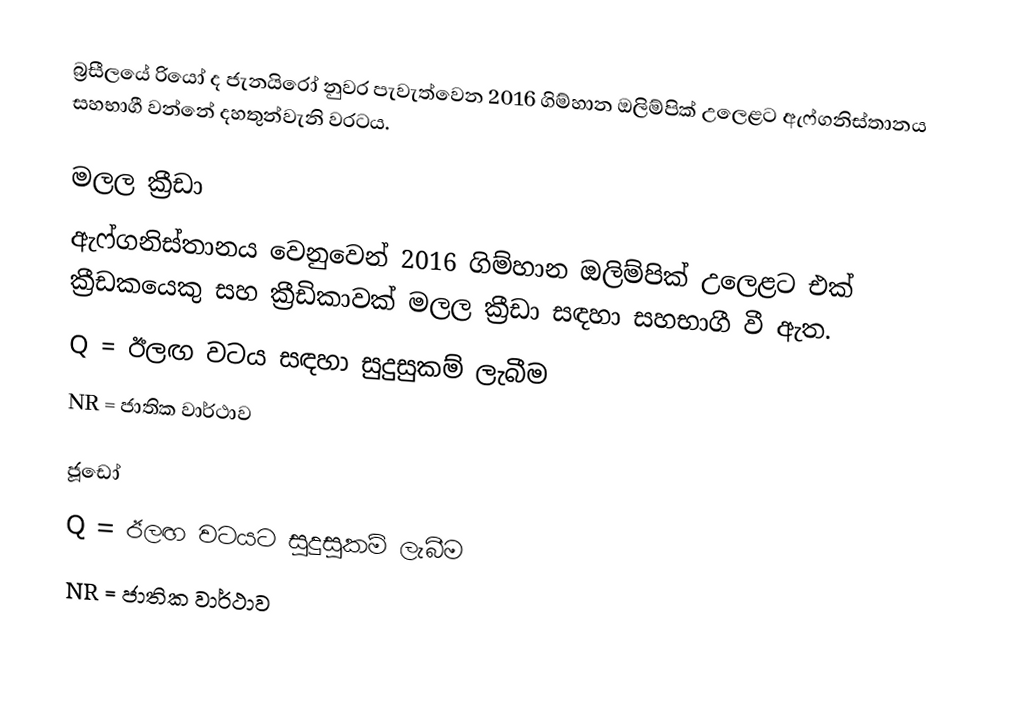
බ්‍රසීලයේ රියෝ ද ජැනයිරෝ නුවර පැවැත්වෙන 2016 ගිම්හාන ඔලිම්පික් උලෙළට ඇෆ්ගනිස්තානය සහභාගී වන්නේ දහතුන්වැනි වරටය.

මලල ක්‍රීඩා
ඇෆ්ගනිස්තානය වෙනුවෙන් 2016 ගිම්හාන ඔලිම්පික් උලෙළට එක් ක්‍රීඩකයෙකු සහ ක්‍රීඩිකාවක් මලල ක්‍රීඩා සඳහා සහභාගී වී ඇත.
 Q = ඊලඟ වටය සඳහා සුදුසුකම් ලැබීම
 NR = ජාතික වාර්ථාව

ජූඩෝ
 Q  = ඊලඟ වටයට සුදුසුකම් ලැබීම
 NR = ජාතික වාර්ථාව